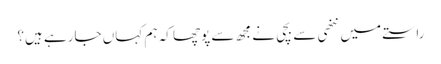
راستے میں ننھی سے بچی نے مجھ سے پوچھا کہ ہم کہاں جارہے ہیں؟